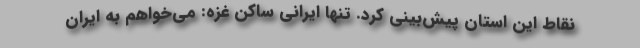
نقاط این استان پیش‌بینی کرد. تنها ایرانی ساکن غزه: می‌خواهم به ایران